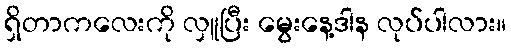
ရှိတာကလေးကို လှူပြီး မွေးနေ့ဒါန လုပ်ပါလား။